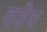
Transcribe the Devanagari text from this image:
दशेव